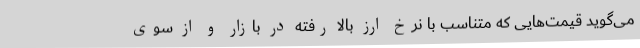
می‌گوید قیمت‌هایی که متناسب با نرخ ارز بالا رفته در بازار و از سوی